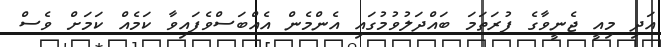
އަދި މިއީ ޖެނީވާގެ ފުރަތަމަ ބައްދަލުވުމުގައި އެންމެން އެއްބަސްވެފައިވާ ކަމެއް ކަމަށް ވެސް